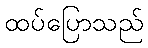
ထပ်ပြောသည်